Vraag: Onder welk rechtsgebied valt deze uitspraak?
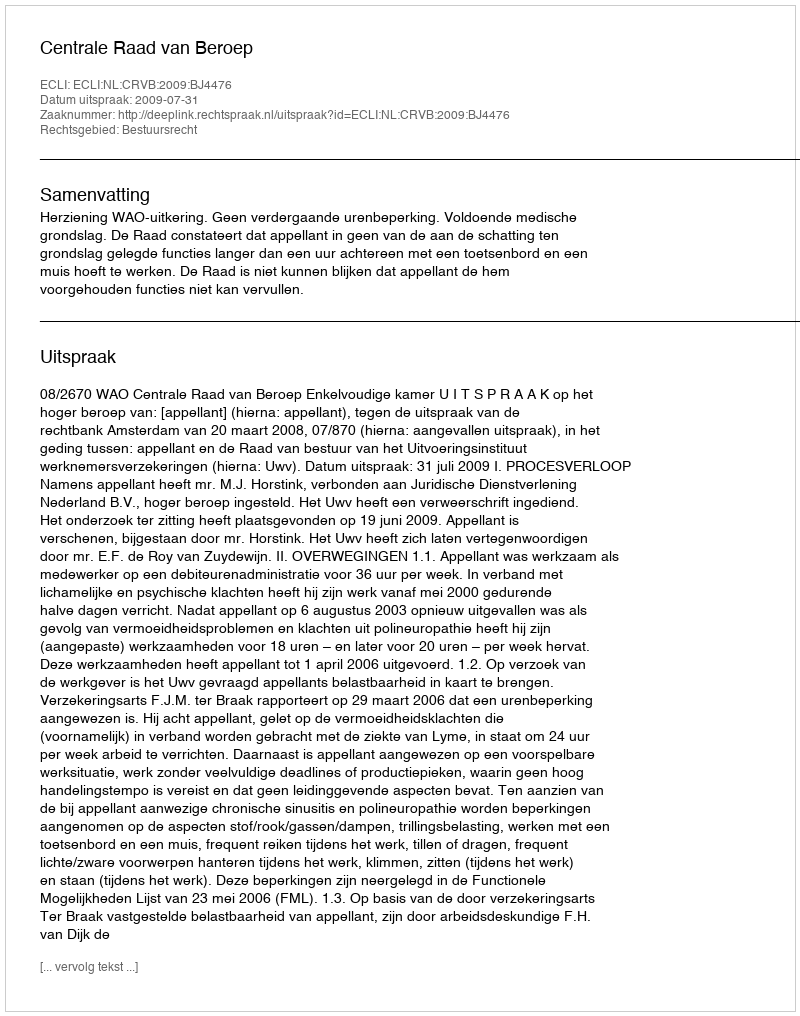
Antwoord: Bestuursrecht